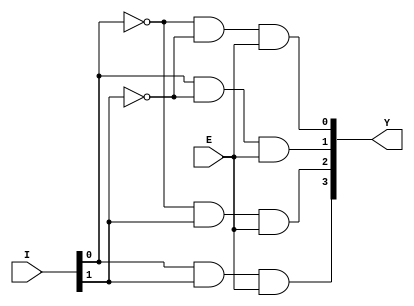
module Decoder2to4 (I, E, Y);
	input	[1:0]	I;
	input		  	E;
	output	[3:0]	Y;
	
	and inst0 ({Y[0]}, ~{I[0]}, ~{I[1]}, E);
	and inst1 ({Y[1]}, {I[0]}, ~{I[1]}, E);
	and inst2 ({Y[2]}, ~{I[0]}, {I[1]}, E);
	and inst3 ({Y[3]}, {I[0]}, {I[1]}, E);

endmodule

module Decoder3to8 (I, E, Y);
	input	[2:0]	I;
	input			E;
	output	[7:0]	Y;

	wire en1, en2;
	
	and inst0 (en1, ~{I[2]}, E);
	and inst1 (en2, {I[2]}, E);
	
	Decoder2to4 inst2 (.I({I[1:0]}), .E(en1), .Y({Y[3:0]}));
	Decoder2to4 inst3 (.I({I[1:0]}), .E(en2), .Y({Y[7:4]}));

endmodule